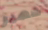
شهير